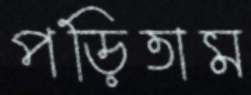
পড়িতাম